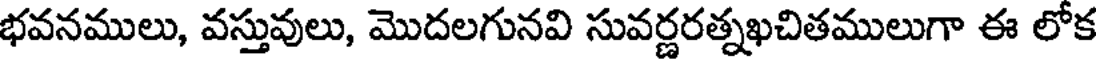
భవనములు, వస్తువులు, మొదలగునవి సువర్ణరత్నఖచితములుగా ఈ లోక